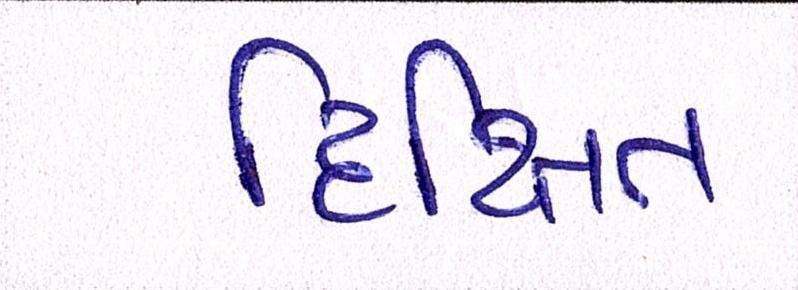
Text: દિક્ષિત